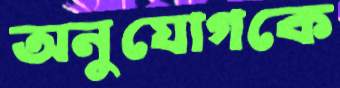
অনুযোগকে